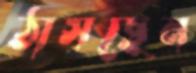
ঠাসছেন